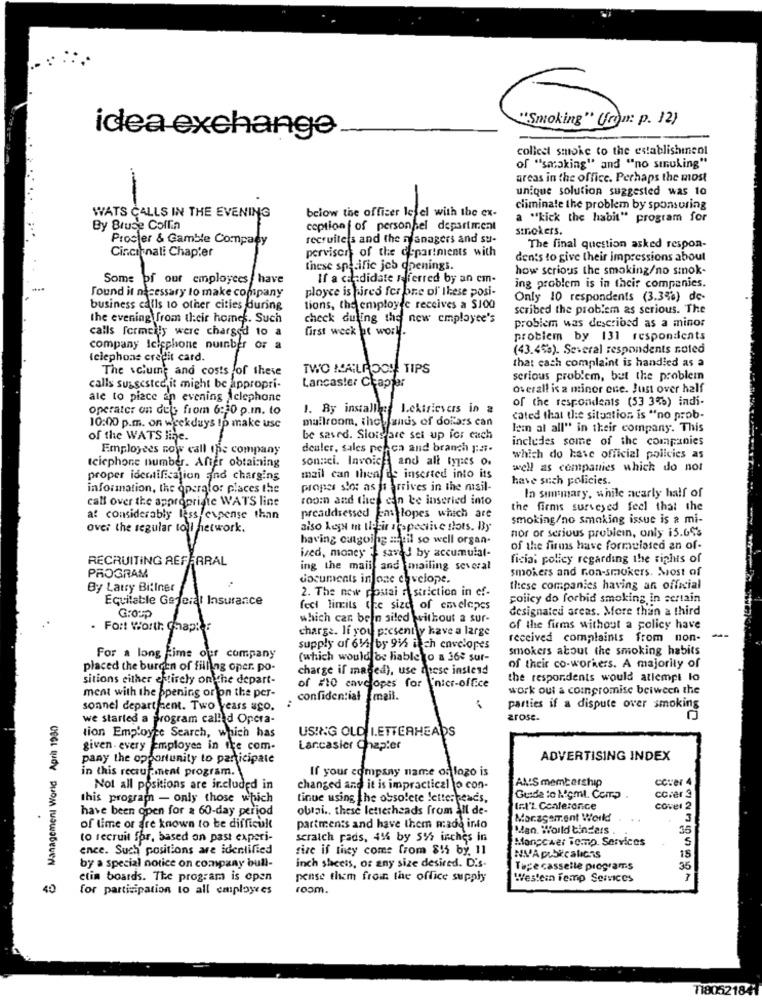
"Smoking" Urin: p. 12)
idea exchange
collect smoke to the establishinenl
of "smoking" and "no sınuking"
areas in the office. Perhaps the most
unique solution suggested was to
WATS CALLS IN THE EVENING
below the officer lefel with the ex-
climinale the problem by sponsoring
a "kick the habit" program for
By Bruse Coffin
ception f of personnel department
smokers.
Procter & Gamble Company
recruiters and the managers and su-
Cincinnati Chapter
perviser of the departments with
The final question asked respon-
dents to give their impressions about
these specific job openings.
how serious the smoking/no sinok-
Some of our employees have
If a candidate referred by an cm-
Found it necessary to make company
ployce is hires for one of these posi-
ing problem is in their companies.
Only 10 respondents (3.3%) de-
business calls to other cities during
tions, the employee receives a $100
scribed the problem as serious. The
the evening from their homes. Such
check during the new employee's
calls formcily were charged to a
first weck at worl.
problem was described as a minor
problem by 131 respondents
company Icipphone number or a
(43.4%). Several respondents noted
telephone credit card.
The volume and costs of these
TWO MAILROC! TIPS
that cach complaint is handled as a
Lancaster Chapter
serious problem, but the problem
calls suggested it might be appropri-
overall is a minor ene. Just over half
ale to piece an evening Aclephone
of the respondents (53 3%) indi-
operator on dels from 6:30 p.m. to
1. By install: Lektsievers in a
mailroom, the sands of dollars can
cated that the situation is "no prob-
10:00 p.m. on weekdays Ip make use
lem al all" in their company. This
of the WATS linje.
be saved. Slots are sei up for each
includes some of the companies
Employees now call ips company
dealer, sales perca and branch pa.
son:ci. Invoice and all types o.
which do have official policies as
Icicphone number. After obtaining
well as companies which do not
proper identification and charging
mail can theafis inserted into its
have such policies.
information, the operator places the
proper slot as it arrives in the misil-
call over the appropriate WATS line
room and they can be inseried into
In summary, while nearly half of
preaddressed ens lopes which are
the firms surveyed feel that the
a: considerably less expense than
smoking/no smoking issue is a mi-
--
over the regular toll hetwork.
also Legu m tiefir respective slots. By
nor or serious problem, only 15.65%
having outgoing a til so well organ-
ived, money } saved by accumulal-
of the firms have formulated an of-
RECRUITING REFERRAL
ficia: policy regarding the rights of
PROGRAM
ing the mail and mailing several
smokers and ron-smokers. Most of
documents in one envelope.
By Latry Biliner
2. The new postai n striction in ef-
these companies having an official
Equitable General Insurance
policy do forbid smoking in certain
feel limits the size of envelopes
designated areas. More than a third
Group
which car beln siled without a sur-
Fort Worth Chap? :
charge. If you presently have a large
of the firms without a policy have
received complaints from non-
--
supply of 61/2 by 9% itch envelopes
smokers about the smoking habits
For a long time our company
(which would be liable to a 368 sur-
placed the burden of filling oper. po-
charge if maged), use dese instend
of their co-workers. A majority of
sitions either entirely on the depart-
the respondents would allempt lo
ment with the opening or on the per-
of #10 cavelopes for inicr-office
work out a compromise beiween the
confidential mail.
sonnel departieent. Two years ago.
parties if a dispute over smoking
& Management World April 1980
we started a program called Opera-
arose.
tion Employee Search, which has
USING OLD I.ETTERHEADS
given- every Employes in the com-
Lancasier Chapter
pany the opportunity to participate
ADVERTISING INDEX
in this recrutement program.
If your company name of logo is
AMIS membership
cover 4
Not all positions are included in
changed and it is impractical to con-
this program - only those which
tinue using the obsolete letterheads,
ccrer 3
have been open for a 60-day period
obtai .. these letterheads from all de-
1:1'2 Centeranice
COvel 2
Moragement World
. .
3
of time or are known to be difficult
partments and have them made into
Man. World tinders .
35
to recruit for, based on past experi-
scratch pads, 414 by 51 inches in
Manpower Tomp. Services
5
ence. Such positions are identified
rize if they come from 815 by. 11
inch shacets, or any size desired. Dis-
NIVA Debicalichs
15
by a special notice on company bull-
Tape casselle programs
35
etin boards. The program is open
pense them from the office supply
Westein femp Services
for participation to all employees
room.
1180521841